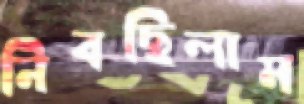
নিবছিলাম